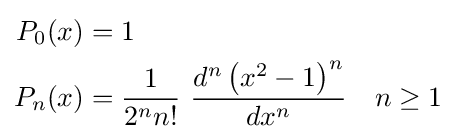
{\begin{aligned}P_{0}(x)&=1\\P_{n}(x)&={\frac {1}{2^{n}n!}}\ {\frac {d^{n}\left(x^{2}-1\right)^{n}}{dx^{n}}}\quad n\geq 1\\\end{aligned}}